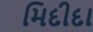
મિદીદા